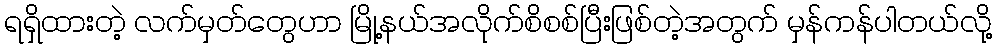
ရရှိထားတဲ့ လက်မှတ်တွေဟာ မြို့နယ်အလိုက်စိစစ်ပြီးဖြစ်တဲ့အတွက် မှန်ကန်ပါတယ်လို့